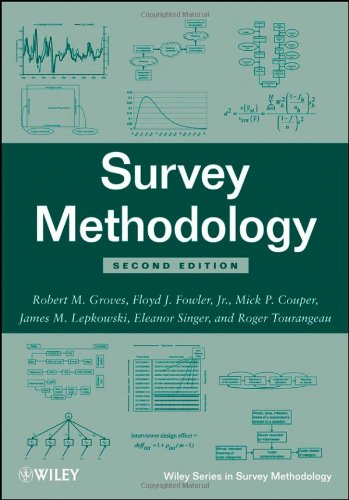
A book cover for Survey Methodology; Robert M. Groves; Politics & Social Sciences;